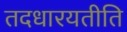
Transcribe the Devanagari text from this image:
तदधारयतीति